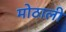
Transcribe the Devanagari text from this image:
माेठाली